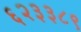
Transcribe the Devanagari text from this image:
६२३३८९